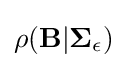
\rho (\mathbf {B} |{\boldsymbol {\Sigma }}_{\epsilon })